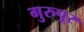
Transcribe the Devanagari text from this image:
गुरुपूर